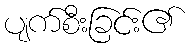
ပျက်စီးခြင်း၏